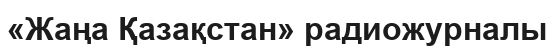
«Жаңа Қазақстан» радиожурналы